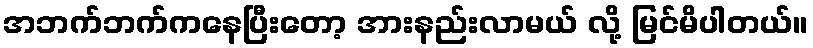
အဘက်ဘက်ကနေပြီးတော့ အားနည်းလာမယ် လို့ မြင်မိပါတယ်။